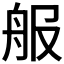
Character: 𦨕